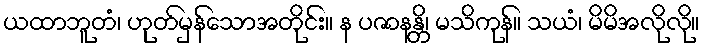
ယထာဘူတံ၊ ဟုတ်မှန်သောအတိုင်း။ န ပဇာနန္တိ၊ မသိကုန်။ သယံ၊ မိမိအလိုလို။